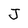
Character: J